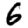
Digit: 6